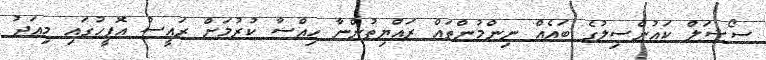
ސޯޝަލް ކައުންސިލުގެ ބައެއް ނިންމުންތައް ރައްޔިތުންނާ ހިއްސާ ކުރުމަށް ރައީސް އޮފީހުގައި މިއަދު